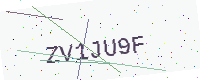
Text: ZV1JU9F